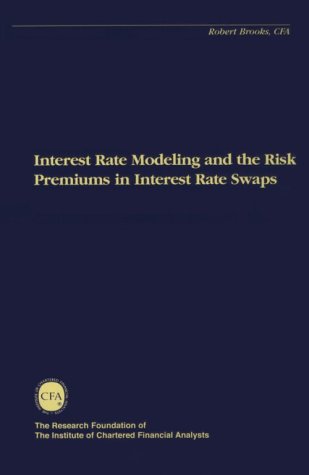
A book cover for Interest Rate Modeling and the Risk Premiums in Interest Rate Swaps (The Research Foundation of AIMR and Blackwell Series in Finance); Robert Brooks; Business & Money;